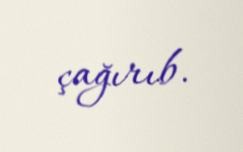
çağırıb.